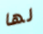
لها